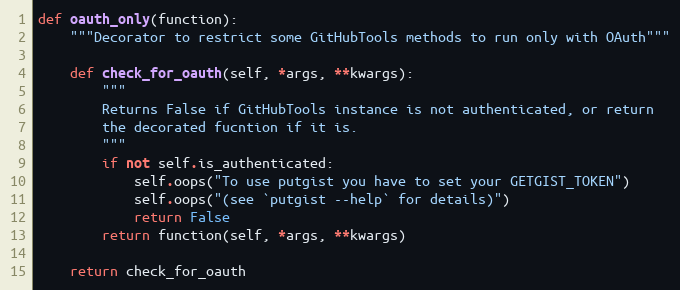
Language: Python
def oauth_only(function):
    """Decorator to restrict some GitHubTools methods to run only with OAuth"""

    def check_for_oauth(self, *args, **kwargs):
        """
        Returns False if GitHubTools instance is not authenticated, or return
        the decorated fucntion if it is.
        """
        if not self.is_authenticated:
            self.oops("To use putgist you have to set your GETGIST_TOKEN")
            self.oops("(see `putgist --help` for details)")
            return False
        return function(self, *args, **kwargs)

    return check_for_oauth